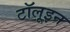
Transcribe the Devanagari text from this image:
टॉलूइन